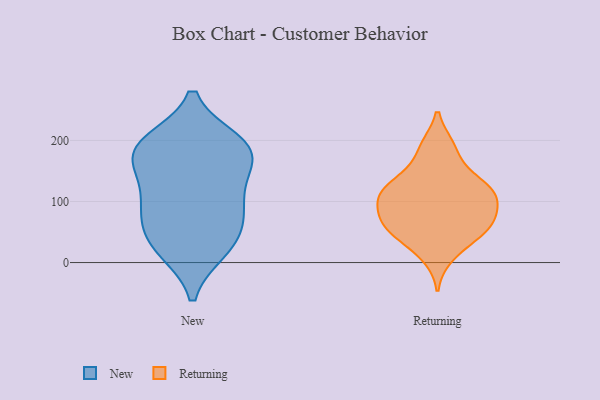
{"axis": {"x": "Churn Rate (%)", "y": "Value"}, "legend": ["New", "Returning"], "data": [{"x": "", "y": 180, "type": "New"}, {"x": "", "y": 99, "type": "New"}, {"x": "", "y": 67, "type": "New"}, {"x": "", "y": 155, "type": "New"}, {"x": "", "y": 190, "type": "New"}, {"x": "", "y": 98, "type": "New"}, {"x": "", "y": 32, "type": "New"}, {"x": "", "y": 25, "type": "New"}, {"x": "", "y": 78, "type": "New"}, {"x": "", "y": 139, "type": "New"}, {"x": "", "y": 194, "type": "New"}, {"x": "", "y": 182, "type": "New"}, {"x": "", "y": 21, "type": "New"}, {"x": "", "y": 197, "type": "New"}, {"x": "", "y": 127, "type": "Returning"}, {"x": "", "y": 64, "type": "Returning"}, {"x": "", "y": 60, "type": "Returning"}, {"x": "", "y": 190, "type": "Returning"}, {"x": "", "y": 108, "type": "Returning"}, {"x": "", "y": 47, "type": "Returning"}, {"x": "", "y": 114, "type": "Returning"}, {"x": "", "y": 78, "type": "Returning"}, {"x": "", "y": 111, "type": "Returning"}, {"x": "", "y": 63, "type": "Returning"}, {"x": "", "y": 10, "type": "Returning"}, {"x": "", "y": 65, "type": "Returning"}, {"x": "", "y": 34, "type": "Returning"}, {"x": "", "y": 101, "type": "Returning"}, {"x": "", "y": 106, "type": "Returning"}, {"x": "", "y": 149, "type": "Returning"}, {"x": "", "y": 132, "type": "Returning"}, {"x": "", "y": 189, "type": "Returning"}]}